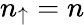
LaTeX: n_{\mathord{\uparrow}}=n